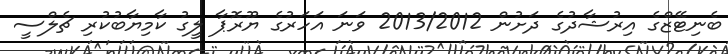
ބެނިޓޭޒްގެ އިރުޝާދުގެ ދަށުން 2013/2012 ވަނަ އަހަރުގެ ޔޫރޮޕާ ލީގު ކާމިޔާބުކުރި ޗެލްސީ